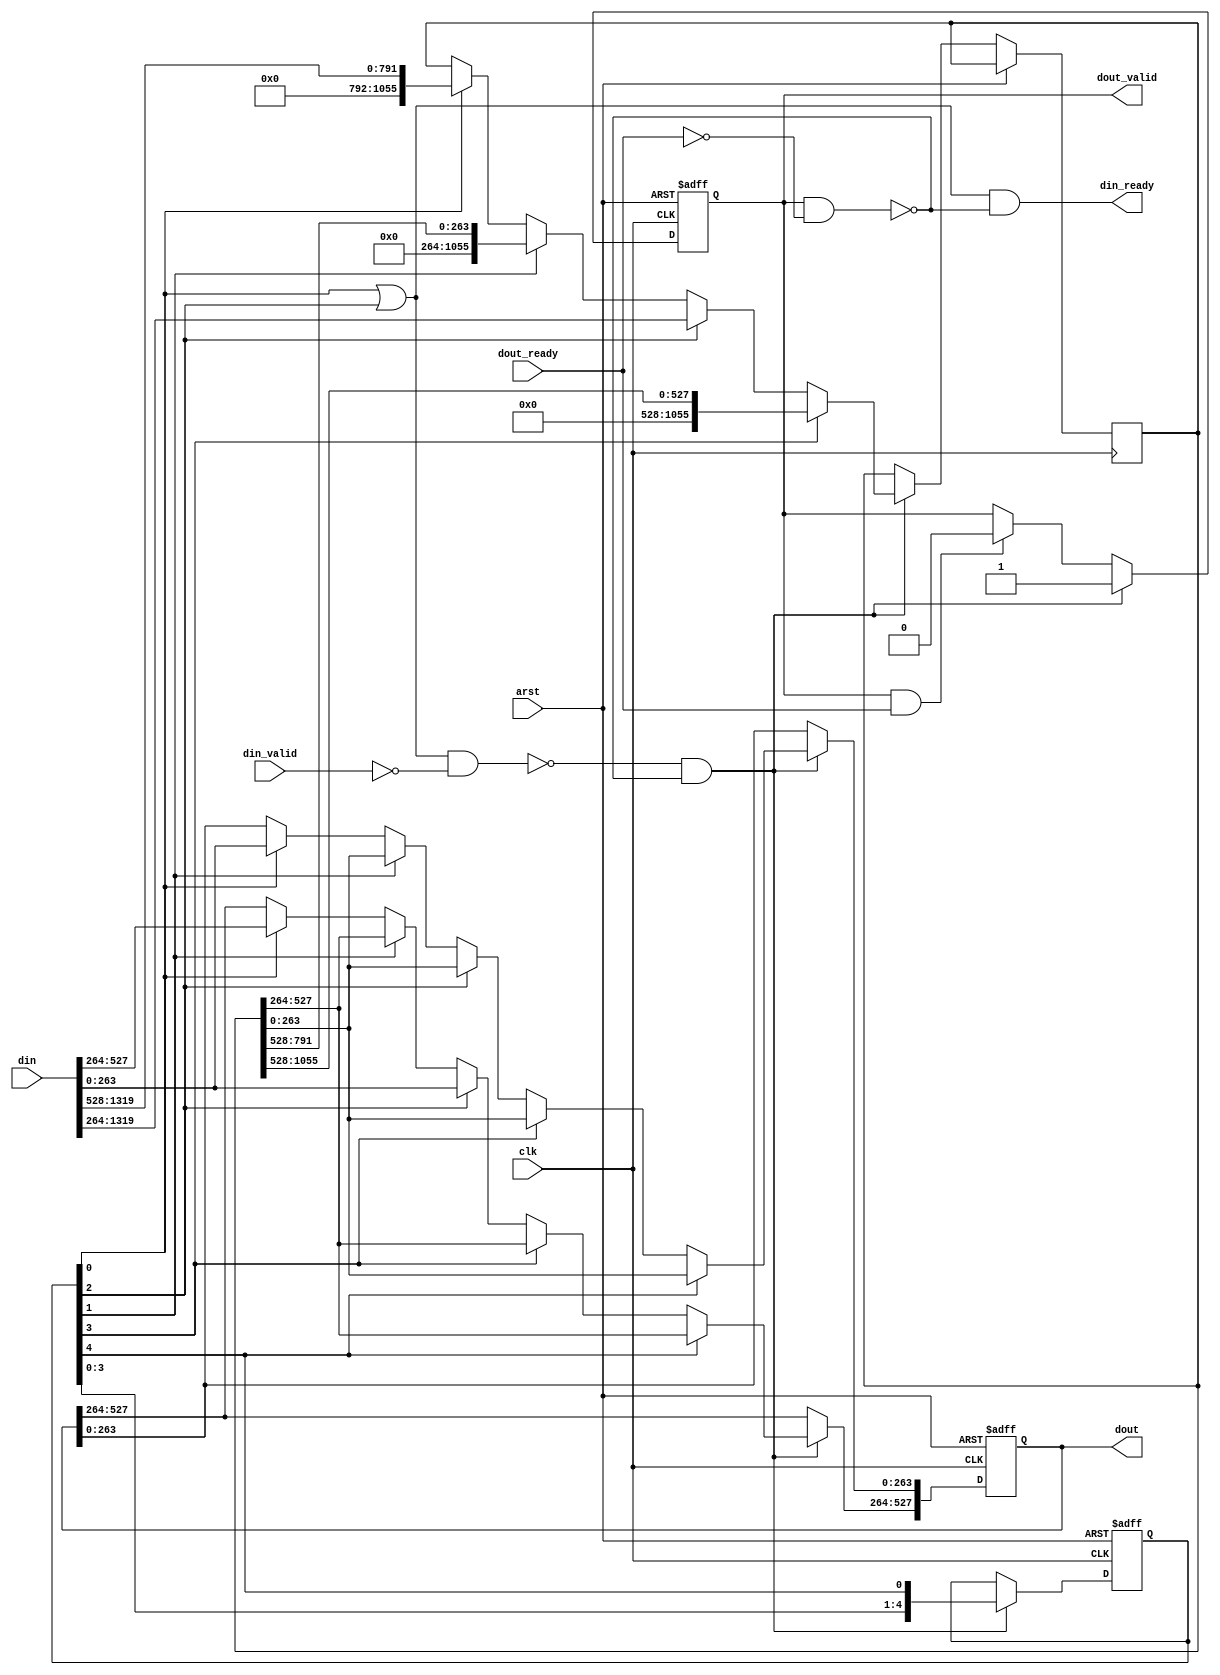
// Copyright 2009 Altera Corporation. All rights reserved.  
// Altera products are protected under numerous U.S. and foreign patents, 
// maskwork rights, copyrights and other intellectual property laws.  
//
// This reference design file, and your use thereof, is subject to and governed
// by the terms and conditions of the applicable Altera Reference Design 
// License Agreement (either as signed by you or found at www.altera.com).  By
// using this reference design file, you indicate your acceptance of such terms
// and conditions between you and Altera Corporation.  In the event that you do
// not agree with such terms and conditions, you may not use the reference 
// design file and please promptly destroy any copies you have made.
//
// This reference design file is being provided on an "as-is" basis and as an 
// accommodation and therefore all warranties, representations or guarantees of 
// any kind (whether express, implied or statutory) including, without 
// limitation, warranties of merchantability, non-infringement, or fitness for
// a particular purpose, are specifically disclaimed.  By making this reference
// design file available, Altera expressly does not recommend, suggest or 
// require that this reference design file be used in combination with any 
// other product not provided by Altera.
/////////////////////////////////////////////////////////////////////////////

module twenty_to_eight #(
	parameter WORD_LEN = 66
)
(
	input clk,arst,
	
	input [20*WORD_LEN-1:0] din,
	input din_valid,
	output din_ready,
	
	output reg [8*WORD_LEN-1:0] dout,
	input dout_ready,
	output reg dout_valid
);

// Possible states :
//   0: holding 0, accept 20, 8 out
//   1: holding 12, no accept, 8 out
//   2: holding 4, accept 20, 8 out
//   3: holding 16, no accept, 8 out
//   4: holding 8, no accept, 8 out
reg [4:0] state;

wire din_wanted = state[0] | state[2];
wire input_wait = din_wanted & !din_valid;
wire output_wait = dout_valid & !dout_ready;
assign din_ready = din_wanted & !output_wait;

always @(posedge clk or posedge arst) begin
	if (arst) state <= 5'b1;
	else if (!input_wait & !output_wait) 
		state <= {state [3:0],state[4]};
end

reg [16*WORD_LEN-1:0] surplus;
always @(posedge clk or posedge arst) begin
	if (arst) begin
		dout <= 0;
		dout_valid <= 0;
	end
	else begin
		if (dout_valid & dout_ready) dout_valid <= 1'b0;		
		if (!input_wait & !output_wait) begin
			dout_valid <= 1'b1;
			if (state[0]) begin
				dout <= din[8*WORD_LEN-1:0];
				surplus <= din[20*WORD_LEN-1:8*WORD_LEN];				
			end
			if (state[1]) begin 
				dout <= surplus[8*WORD_LEN-1:0];
				surplus <= {{(12*WORD_LEN){1'b0}},surplus[12*WORD_LEN-1:8*WORD_LEN]};				
			end
			if (state[2]) begin
				dout[4*WORD_LEN-1:0] <= surplus[4*WORD_LEN-1:0];
				dout[8*WORD_LEN-1:4*WORD_LEN] <= din[4*WORD_LEN-1:0];
				surplus <= din[20*WORD_LEN-1:4*WORD_LEN];
			end
			if (state[3]) begin
				dout <= surplus[8*WORD_LEN-1:0];
				surplus <= {{(8*WORD_LEN){1'b0}},surplus[16*WORD_LEN-1:8*WORD_LEN]};
			end
			if (state[4]) begin
				dout <= surplus[8*WORD_LEN-1:0];
			end
		end
	end	
end
endmodule